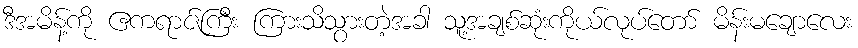
ဒီအမိန့်ကို ဧကရာဇ်ကြီး ကြားသိသွားတဲ့အခါ သူ့အချစ်ဆုံးကိုယ်လုပ်တော် မိန်းမချောလေး